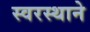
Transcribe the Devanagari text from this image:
स्वरस्थाने